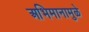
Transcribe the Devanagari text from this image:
अभिमानामुळे